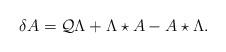
LaTeX: \begin{align*}\delta A=\mathcal{Q}\Lambda +\Lambda \star A-A\star \Lambda .\end{align*}